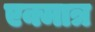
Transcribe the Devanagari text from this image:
एक्मात्र